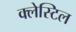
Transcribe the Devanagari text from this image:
क्लेस्टिल